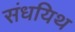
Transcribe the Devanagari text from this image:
संधयिथ